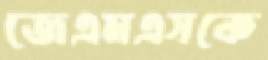
জেএমএসকে